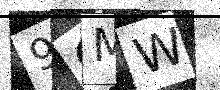
Text: 9GMW